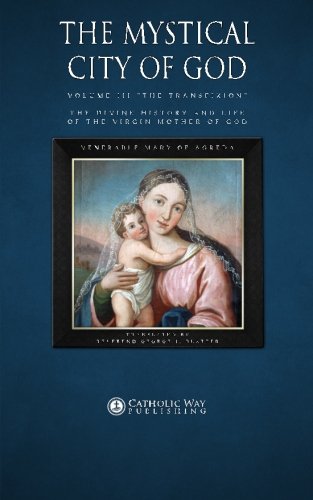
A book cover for The Mystical City of God, Volume III "The Transfixion": The Divine History and Life of the Virgin Mother of God (Volumes 1 to 4) (Volume 3); Venerable Mary of Agreda; Christian Books & Bibles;